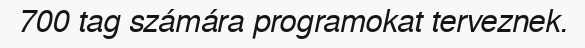
700 tag számára programokat terveznek.